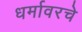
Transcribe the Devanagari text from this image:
धर्मावरचे